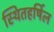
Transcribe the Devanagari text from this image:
स्थितहर्षिल